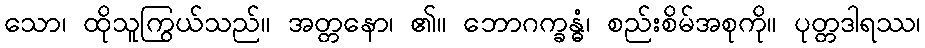
သော၊ ထိုသူကြွယ်သည်။ အတ္တနော၊ ၏။ ဘောဂက္ခန္ဓံ၊ စည်းစိမ်အစုကို။ ပုတ္တဒါရဿ၊